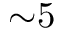
{ \sim } 5